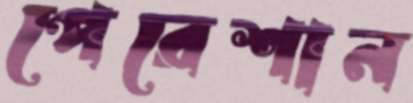
পেরেশান